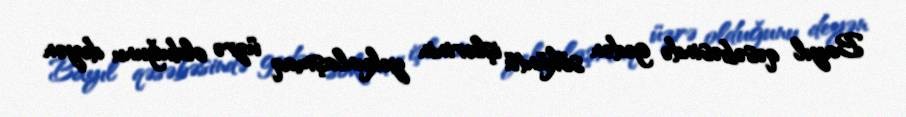
Bayıl qəsəbəsində gedən söküntü işlərinin yekunlaşmaq üzrə olduğunu deyən